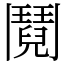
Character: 鬩